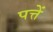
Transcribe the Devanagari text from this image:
पत्तें